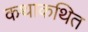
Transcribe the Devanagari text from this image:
कथाकथित